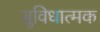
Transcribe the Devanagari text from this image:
सुविधात्मक